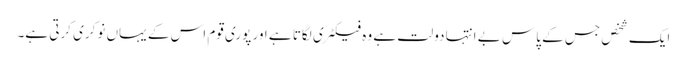
ایک شخص جس کے پاس بے انتہا دولت ہے وہ فیکٹری لگاتا ہے اور پوری قوم اس کے یہاں نوکری کرتی ہے۔